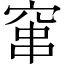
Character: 窜